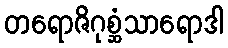
တရောဇိဂုစ္ဆံသာရောဒါ